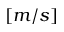
[ m / s ]